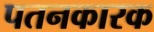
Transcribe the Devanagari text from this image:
पतनकारक